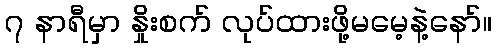
၇ နာရီမှာ နှိုးစက် လုပ်ထားဖို့မမေ့နဲ့နော်။